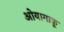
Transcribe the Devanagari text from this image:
ओयागाकू